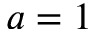
a = 1